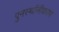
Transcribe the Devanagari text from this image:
पुनर्स्थानीकरण